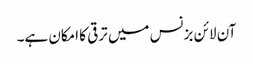
آن لائن بزنس میں ترقی کا امکان ہے۔